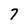
Character: 7